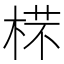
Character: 𣔟